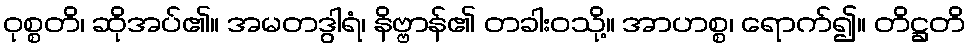
ဝုစ္စတိ၊ ဆိုအပ်၏။ အမတဒွါရံ၊ နိဗ္ဗာန်၏ တခါးဝသို့။ အာဟစ္စ၊ ရောက်၍။ တိဋ္ဌတိ